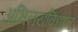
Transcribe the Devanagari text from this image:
अभिनयविधान